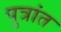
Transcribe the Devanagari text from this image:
पुत्रांत